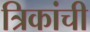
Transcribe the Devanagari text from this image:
त्रिकांची